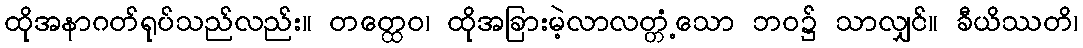
ထိုအနာဂတ်ရုပ်သည်လည်း။ တတ္ထေဝ၊ ထိုအခြားမဲ့လာလတ္တံ့သော ဘဝ၌ သာလျှင်။ ခီယိဿတိ၊